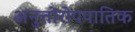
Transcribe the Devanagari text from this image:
अनुत्तोरोपपातिक